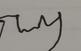
Signature authenticity: forged